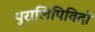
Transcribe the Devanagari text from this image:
पुरालिपिविदों